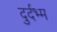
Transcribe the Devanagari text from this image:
दुर्दभ्म